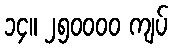
၁၄။ ၂၅၀၀၀၀ ကျပ်